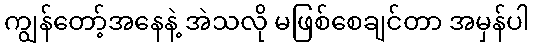
ကျွန်တော့်အနေနဲ့ အဲသလို မဖြစ်စေချင်တာ အမှန်ပါ